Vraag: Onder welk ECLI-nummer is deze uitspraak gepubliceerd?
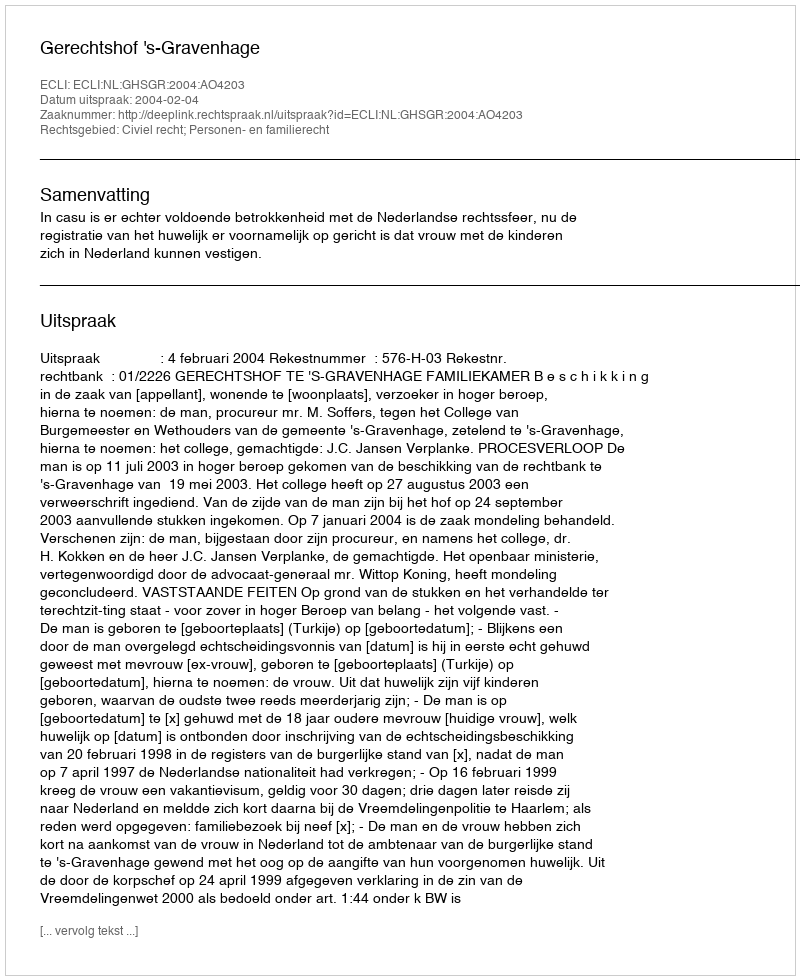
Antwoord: ECLI:NL:GHSGR:2004:AO4203